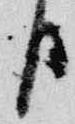
臣